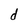
Character: d